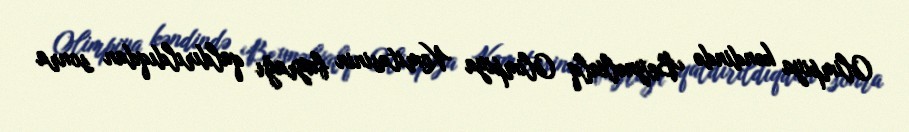
Olimpiya kəndində Beynəlxalq Olimpiya Komitəsinin bayrağı qaldırıldıqdan sonra